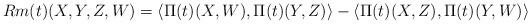
LaTeX: \begin{align*}Rm(t)(X,Y,Z,W)=\langle\Pi(t)(X,W),\Pi(t)(Y,Z)\rangle-\langle\Pi(t)(X,Z),\Pi(t)(Y,W)\rangle\end{align*}